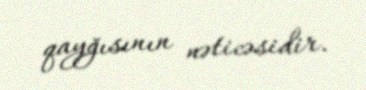
qayğısının nəticəsidir.